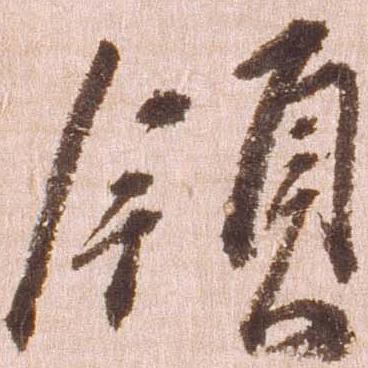
領